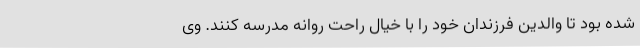
شده بود تا والدین فرزندان خود را با خیال راحت روانه مدرسه کنند. وی